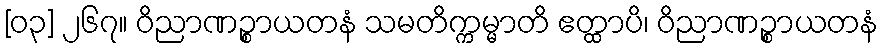
[၀၃] ၂၆၇။ ဝိညာဏဉ္စာယတနံ သမတိက္ကမ္မာတိ ဧတ္ထာပိ၊ ဝိညာဏဉ္စာယတနံ